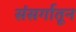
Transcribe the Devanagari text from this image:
संसर्गातून